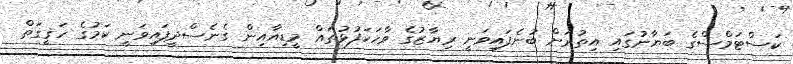
ކަސްޓަމްސްގެ ބަޔާނުގައި އިތުރަށް ބުނެފައިވަނީ ރިޔާޒުގެ ވާހަކަފުޅުތައް މީޑިއާއިން ގެނެސްދީފައިވަނީ ކަމުގެ ހަޤީގަތް